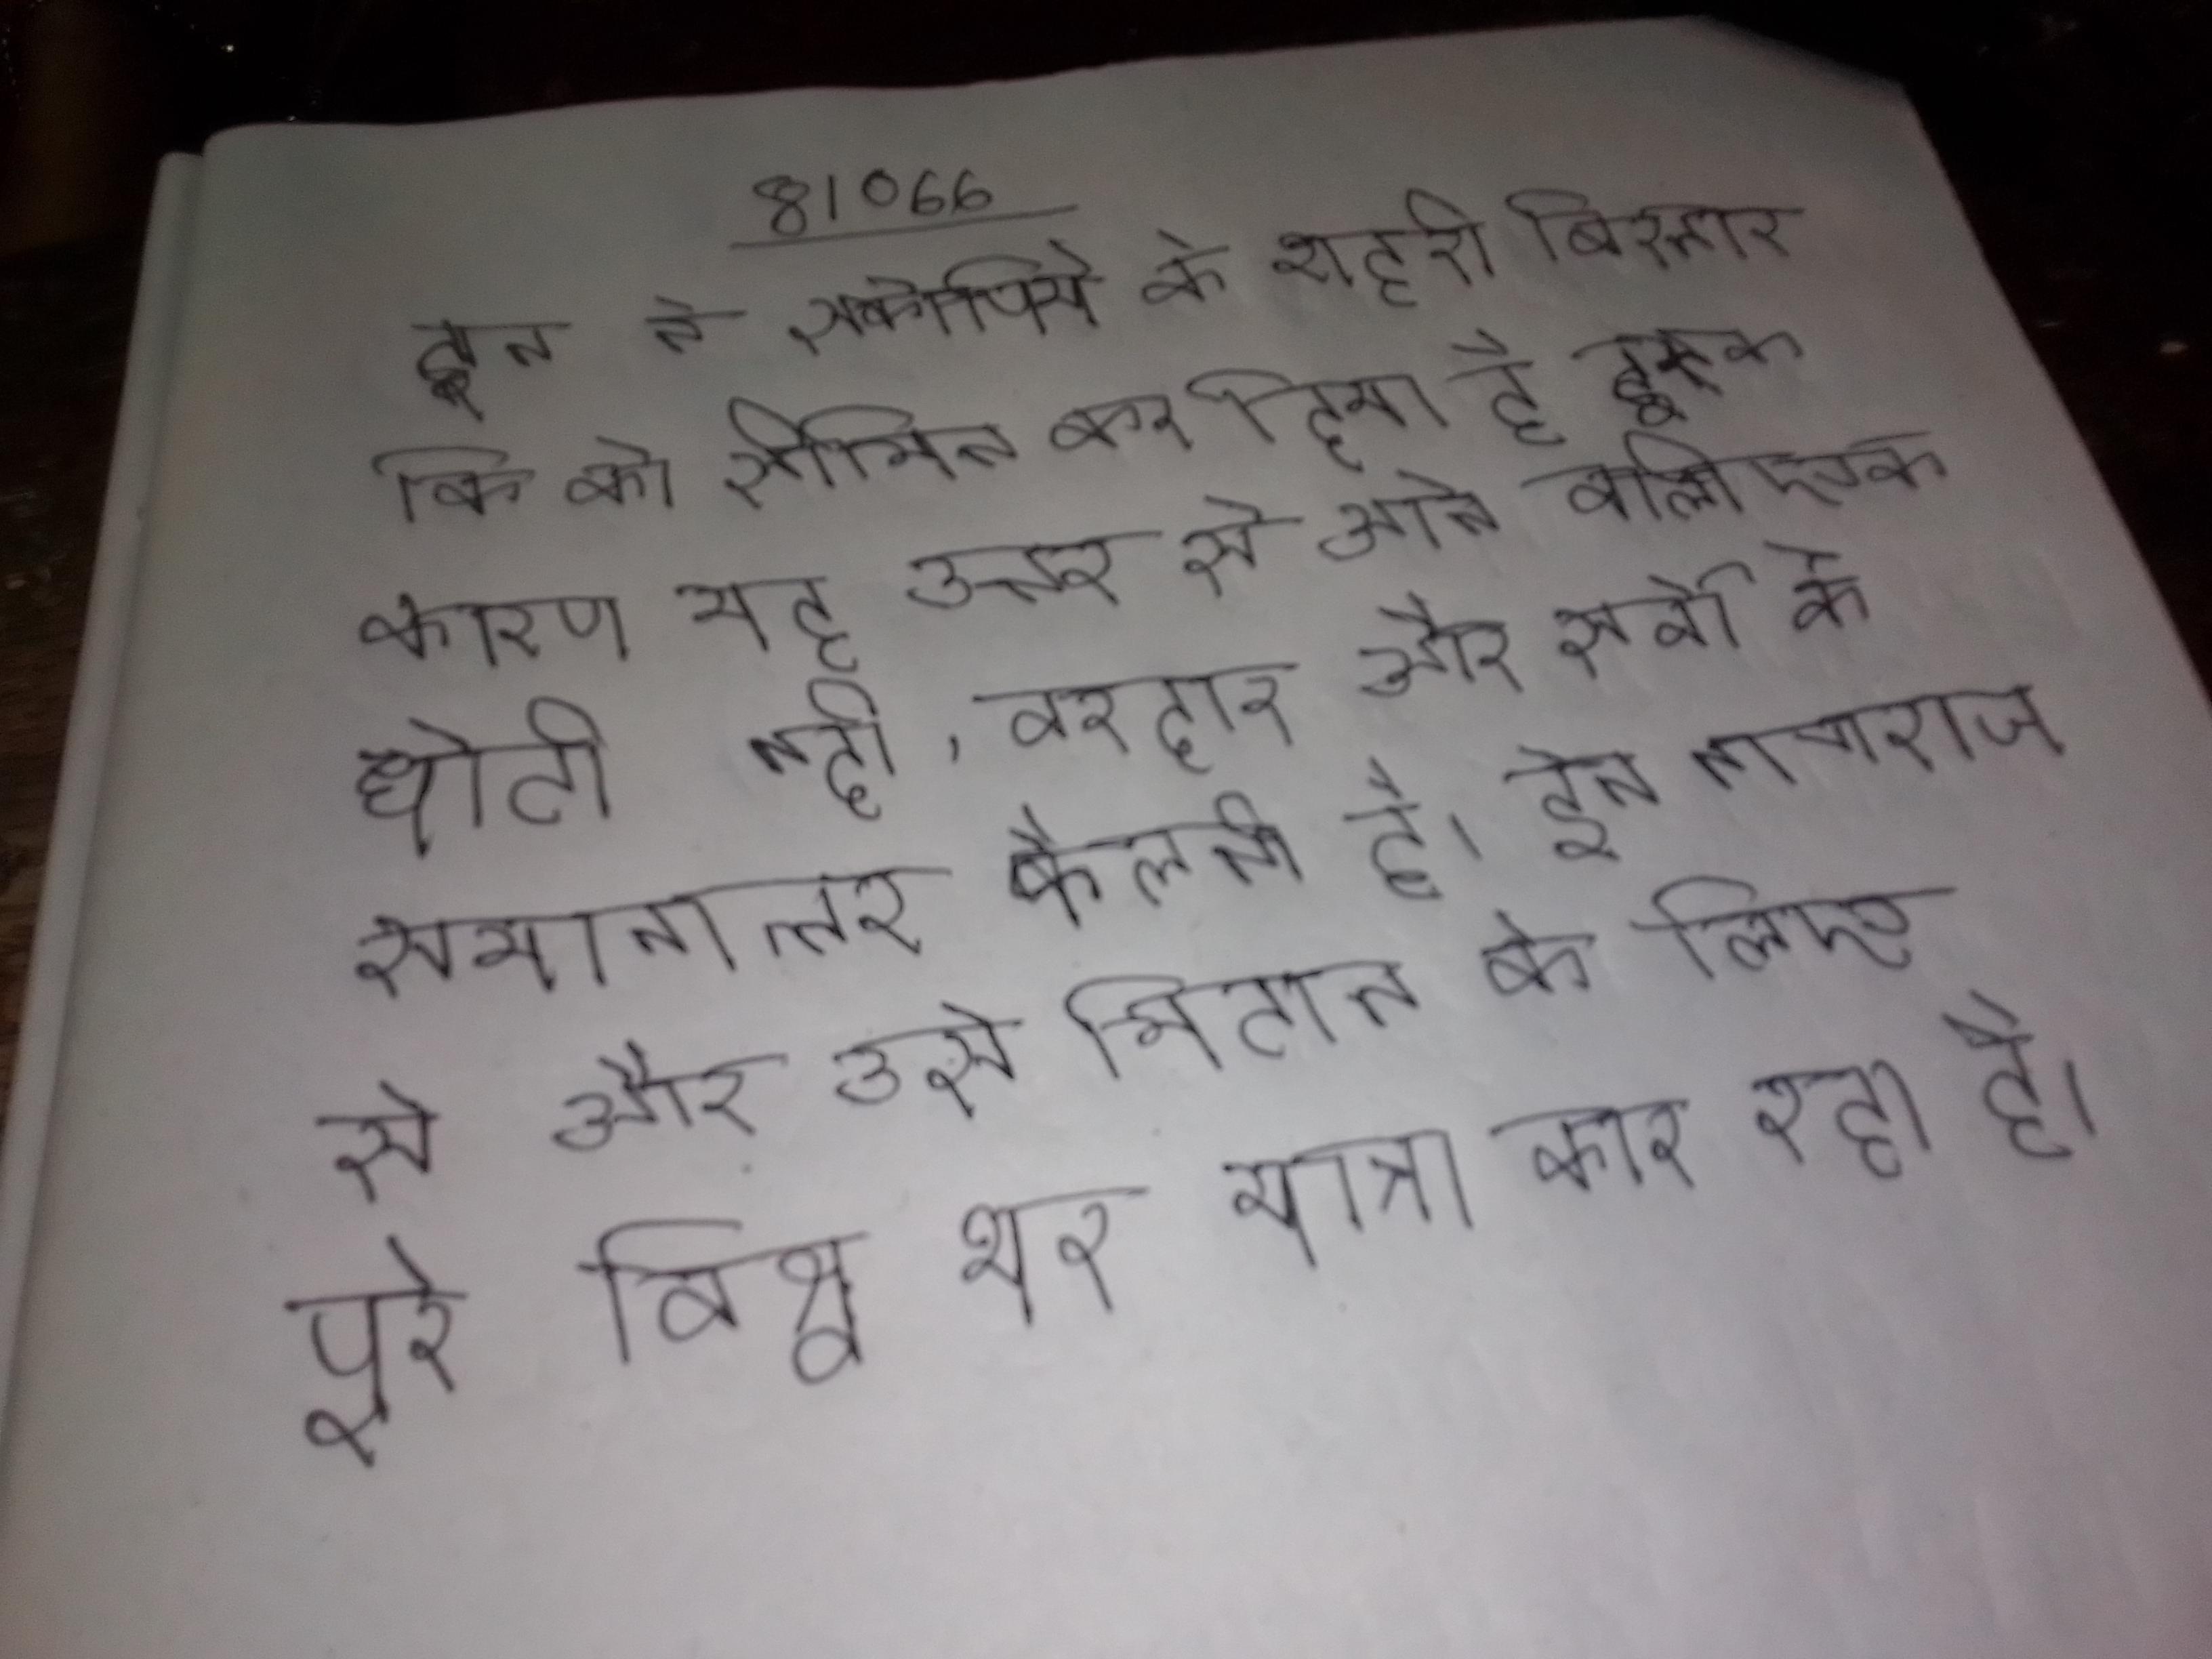
इन ने स्कोपिये के शहरी विस्तार कि को सीमित कर दिया है, इसके कारण यह उत्तर से आने वाली एक छोटी नदी, वरदार और सर्वा के समानान्तर फैलती है । इन नागराज से और उसे मिटाने के लिए पूरे विश्व भर यात्रा कर रहा है ।